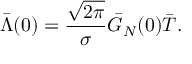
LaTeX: \bar { \Lambda } ( 0 ) = \frac { \sqrt { 2 \pi } } { \sigma } \bar { G } _ { N } ( 0 ) \bar { T } .